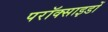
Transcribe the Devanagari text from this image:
परॉक्साइडों